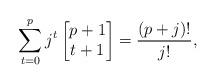
LaTeX: \begin{align*}\sum_{t=0}^{p} j^t \begin{bmatrix} p+1 \\ t+1 \end{bmatrix} = \frac{(p+j)!}{j!},\end{align*}